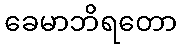
ခေမာဘိရတော